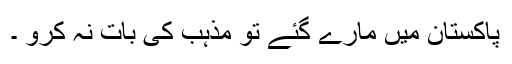
پاکستان میں مارے گئے تو مذہب کی بات نہ کرو ۔